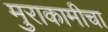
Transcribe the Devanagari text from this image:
मुराकामीचा